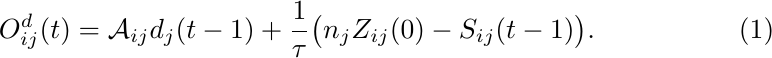
\begin{equation}
O_{ij}^d(t) = \mathcal{A}_{ij}d_{j}(t-1) + \frac{1}{\tau} \big( n_j Z_{ij}(0) - S_{ij}(t-1) \big).
\end{equation}